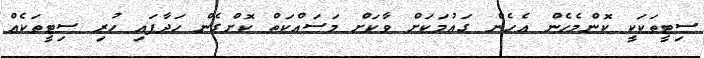
ސިޓީތަކަކީ ކޮންމެހެން އެހެން ގައުމަކަށް ވާކަށް މަސައްކަތް ކޮށްގެން ހަދާފައި ހުރި ސިޓީތަކެއް